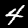
Digit: 4